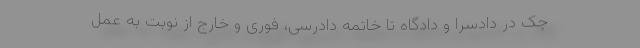
چک در دادسرا و دادگاه تا خاتمه دادرسی، فوری و خارج از نوبت به عمل